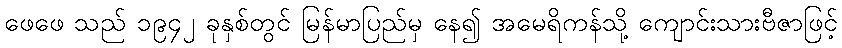
ဖေဖေ သည် ၁၉၄၂ ခုနှစ်တွင် မြန်မာပြည်မှ နေ၍ အမေရိကန်သို့ ကျောင်းသားဗီဇာဖြင့်